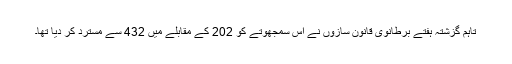
تاہم گزشتہ ہفتے برطانوی قانون سازوں نے اُس سمجھوتے کو 202 کے مقابلے میں 432 سے مسترد کر دیا تھا۔